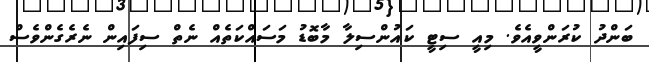
ބަންދު ކުރަންވީއެވެ. މިއީ ސިޓީ ކައުންސިލާ މާބޮޑު މަސައްކަތެއް ނެތް ސިފައިން ނެރެގެންވެސް